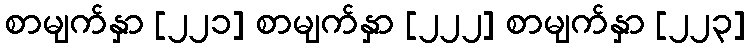
စာမျက်နှာ [၂၂၁] စာမျက်နှာ [၂၂၂] စာမျက်နှာ [၂၂၃]